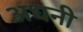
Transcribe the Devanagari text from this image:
अधनी